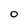
Character: o